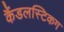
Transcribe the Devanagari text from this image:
कैंडलस्टिकग